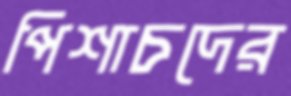
পিশাচদের